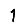
Digit: 1